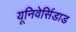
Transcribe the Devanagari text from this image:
यूनिवेर्सिडाड